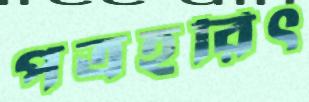
পত্রহরিৎ